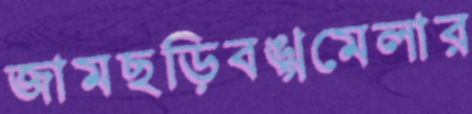
জামছড়িবঙ্গমেলার